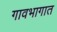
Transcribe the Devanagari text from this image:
गावभागात